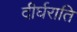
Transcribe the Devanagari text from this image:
दीर्घराति